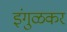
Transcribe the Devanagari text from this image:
इंगुळकर